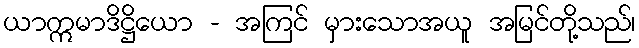
ယာဣမာဒိဋ္ဌိယော - အကြင် မှားသောအယူ အမြင်တို့သည်၊